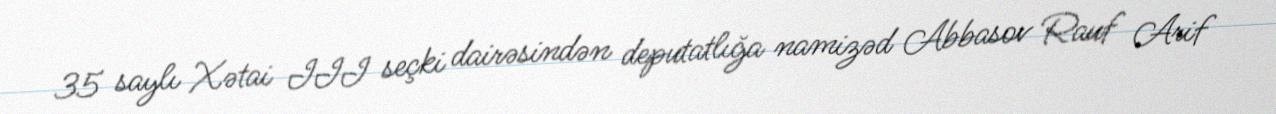
35 saylı Xətai III seçki dairəsindən deputatlığa namizəd Abbasov Rauf Arif